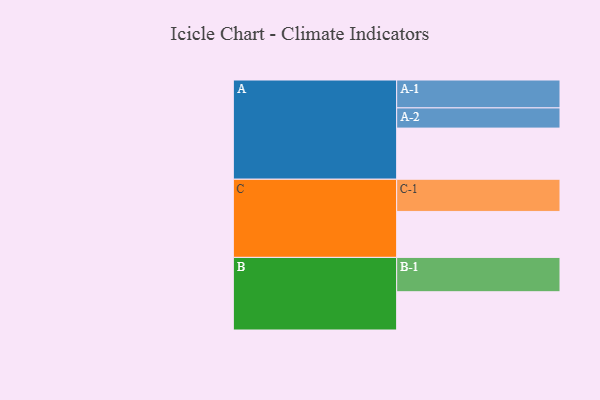
{"axis": {"x": "Segment", "y": "Value"}, "legend": ["", "A", "B", "C"], "data": [{"x": "A", "y": 405, "type": ""}, {"x": "B", "y": 303, "type": ""}, {"x": "C", "y": 364, "type": ""}, {"x": "A-1", "y": 221, "type": "A"}, {"x": "A-2", "y": 160, "type": "A"}, {"x": "B-1", "y": 272, "type": "B"}, {"x": "C-1", "y": 255, "type": "C"}]}